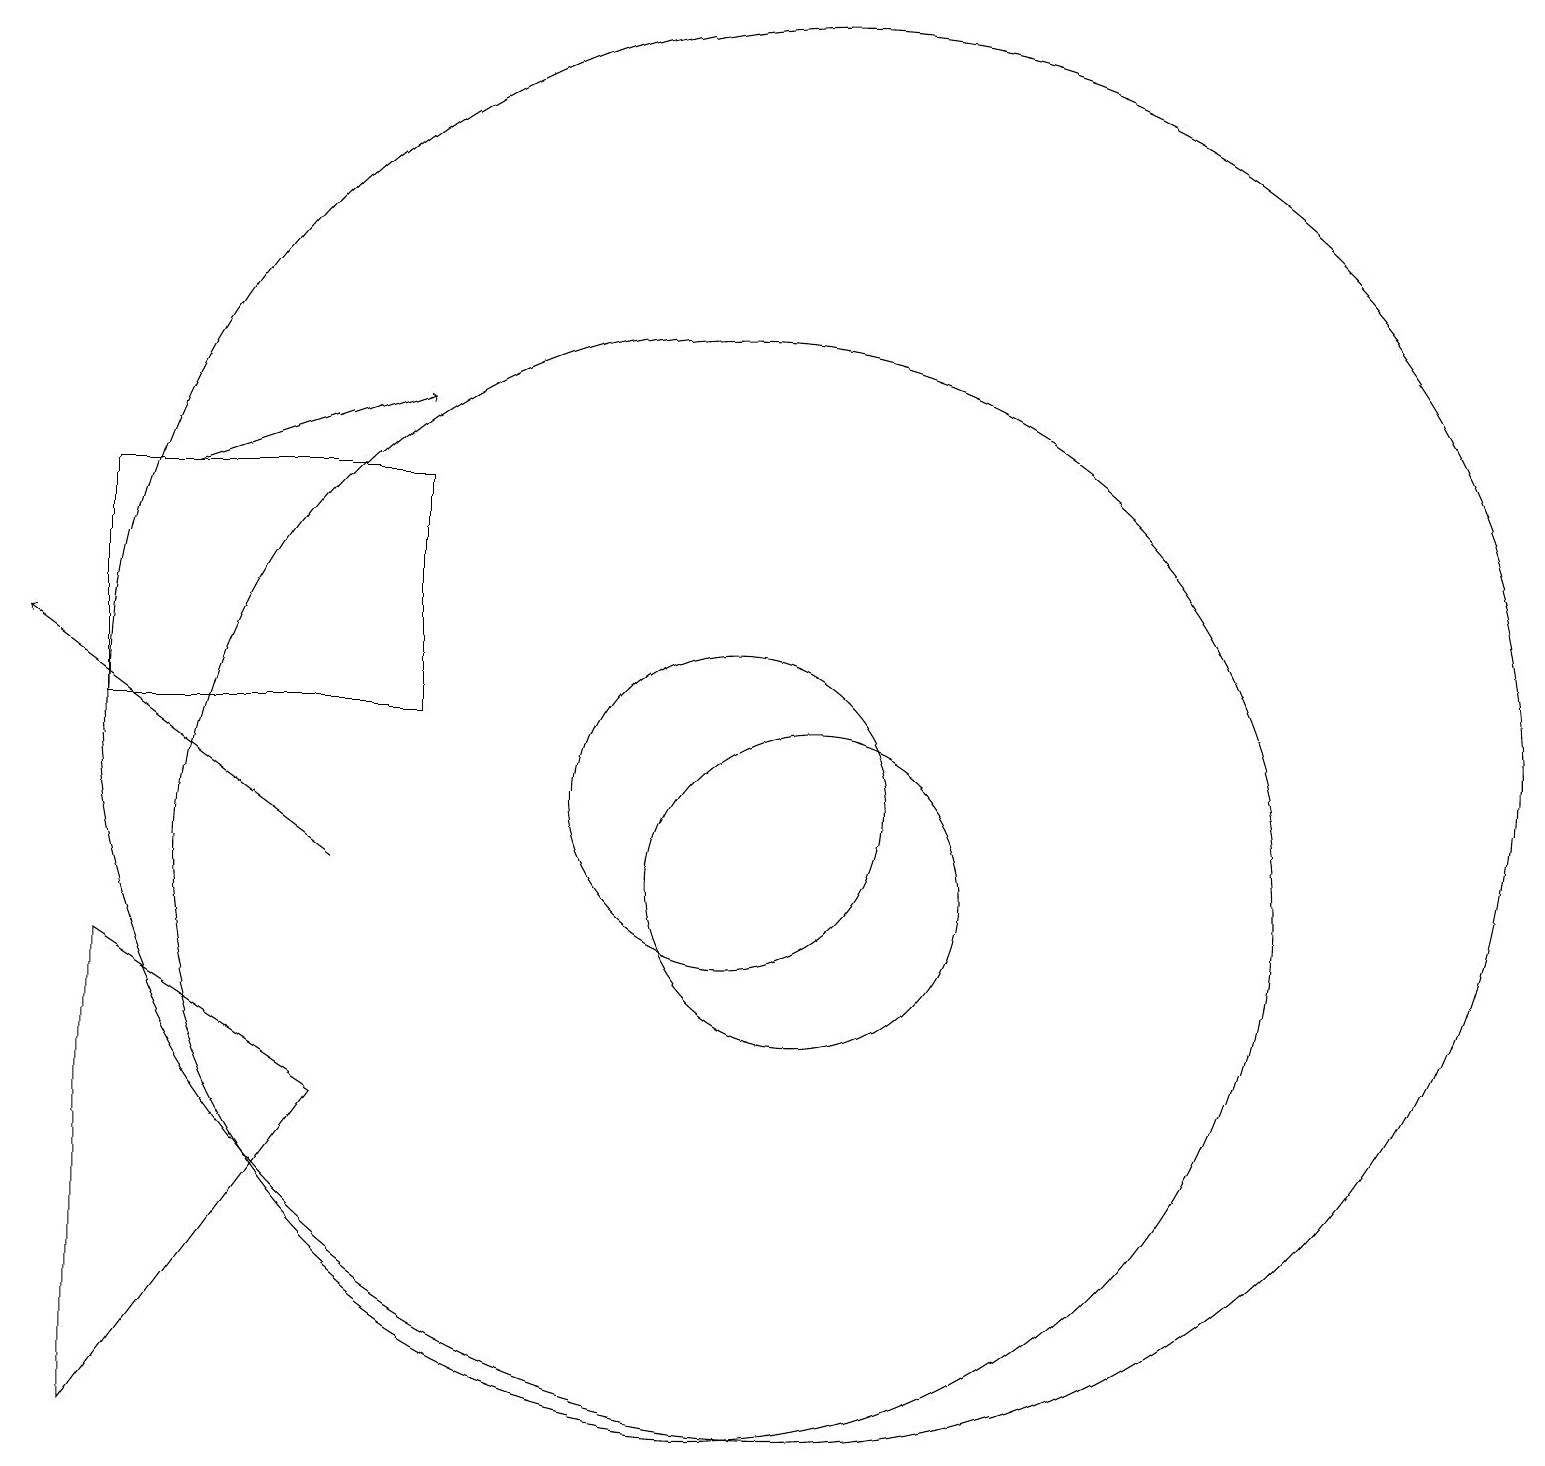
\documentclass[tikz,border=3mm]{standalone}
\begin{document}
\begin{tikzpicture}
\draw (6,7) -- (3,3) -- (3,9) -- cycle;
\draw (12,10) circle (2);
\draw (3,12) rectangle (7,15);
\draw[->] (6,10) -- (2,13);
\draw (11,11) circle (2);
\draw (11,10) circle (7);
\draw[->] (4,15) -- (7,16);
\draw (12,12) circle (9);
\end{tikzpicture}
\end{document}